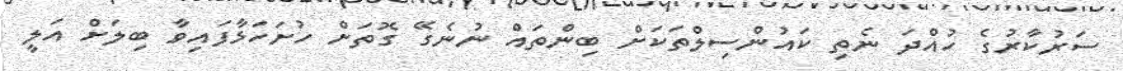
ސަރުކާރުގެ ހުއްދަ ނެތި ކައުންސިލްތަކަށް ބިންތައް ނުނެގޭ ގޮތަށް ހުށަހަޅާފައިވާ ބިލަށް އަލީ